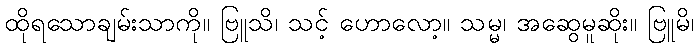
ထိုရသောချမ်းသာကို။ ဗြူသိ၊ သင့် ဟောလော့။ သမ္မ၊ အဆွေမူဆိုး။ ဗြူမိ၊